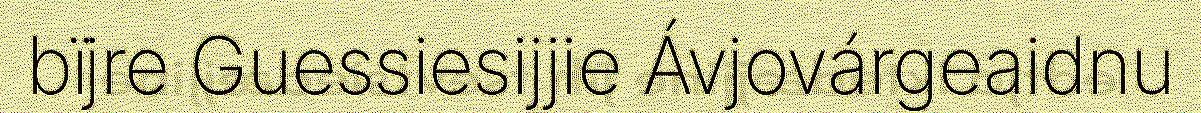
bïjre Guessiesijjie Ávjovárgeaidnu